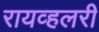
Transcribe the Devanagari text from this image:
रायव्हलरी